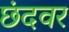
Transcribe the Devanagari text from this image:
छंदवर